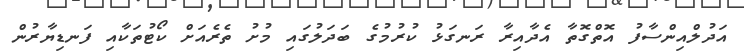
އަދުލްއިންސާފު އޮތްގޮތާ އެދާއިރާ ރަނގަޅު ކުރުމުގެ ބަދަލުގައި މުށު ތެރެއަށް ކޯޓުތަކާއި ފަނޑިޔާރުން